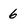
Character: 6